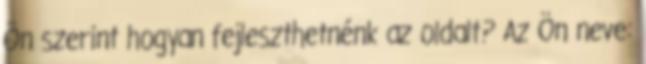
Ön szerint hogyan fejleszthetnénk az oldalt? Az Ön neve: